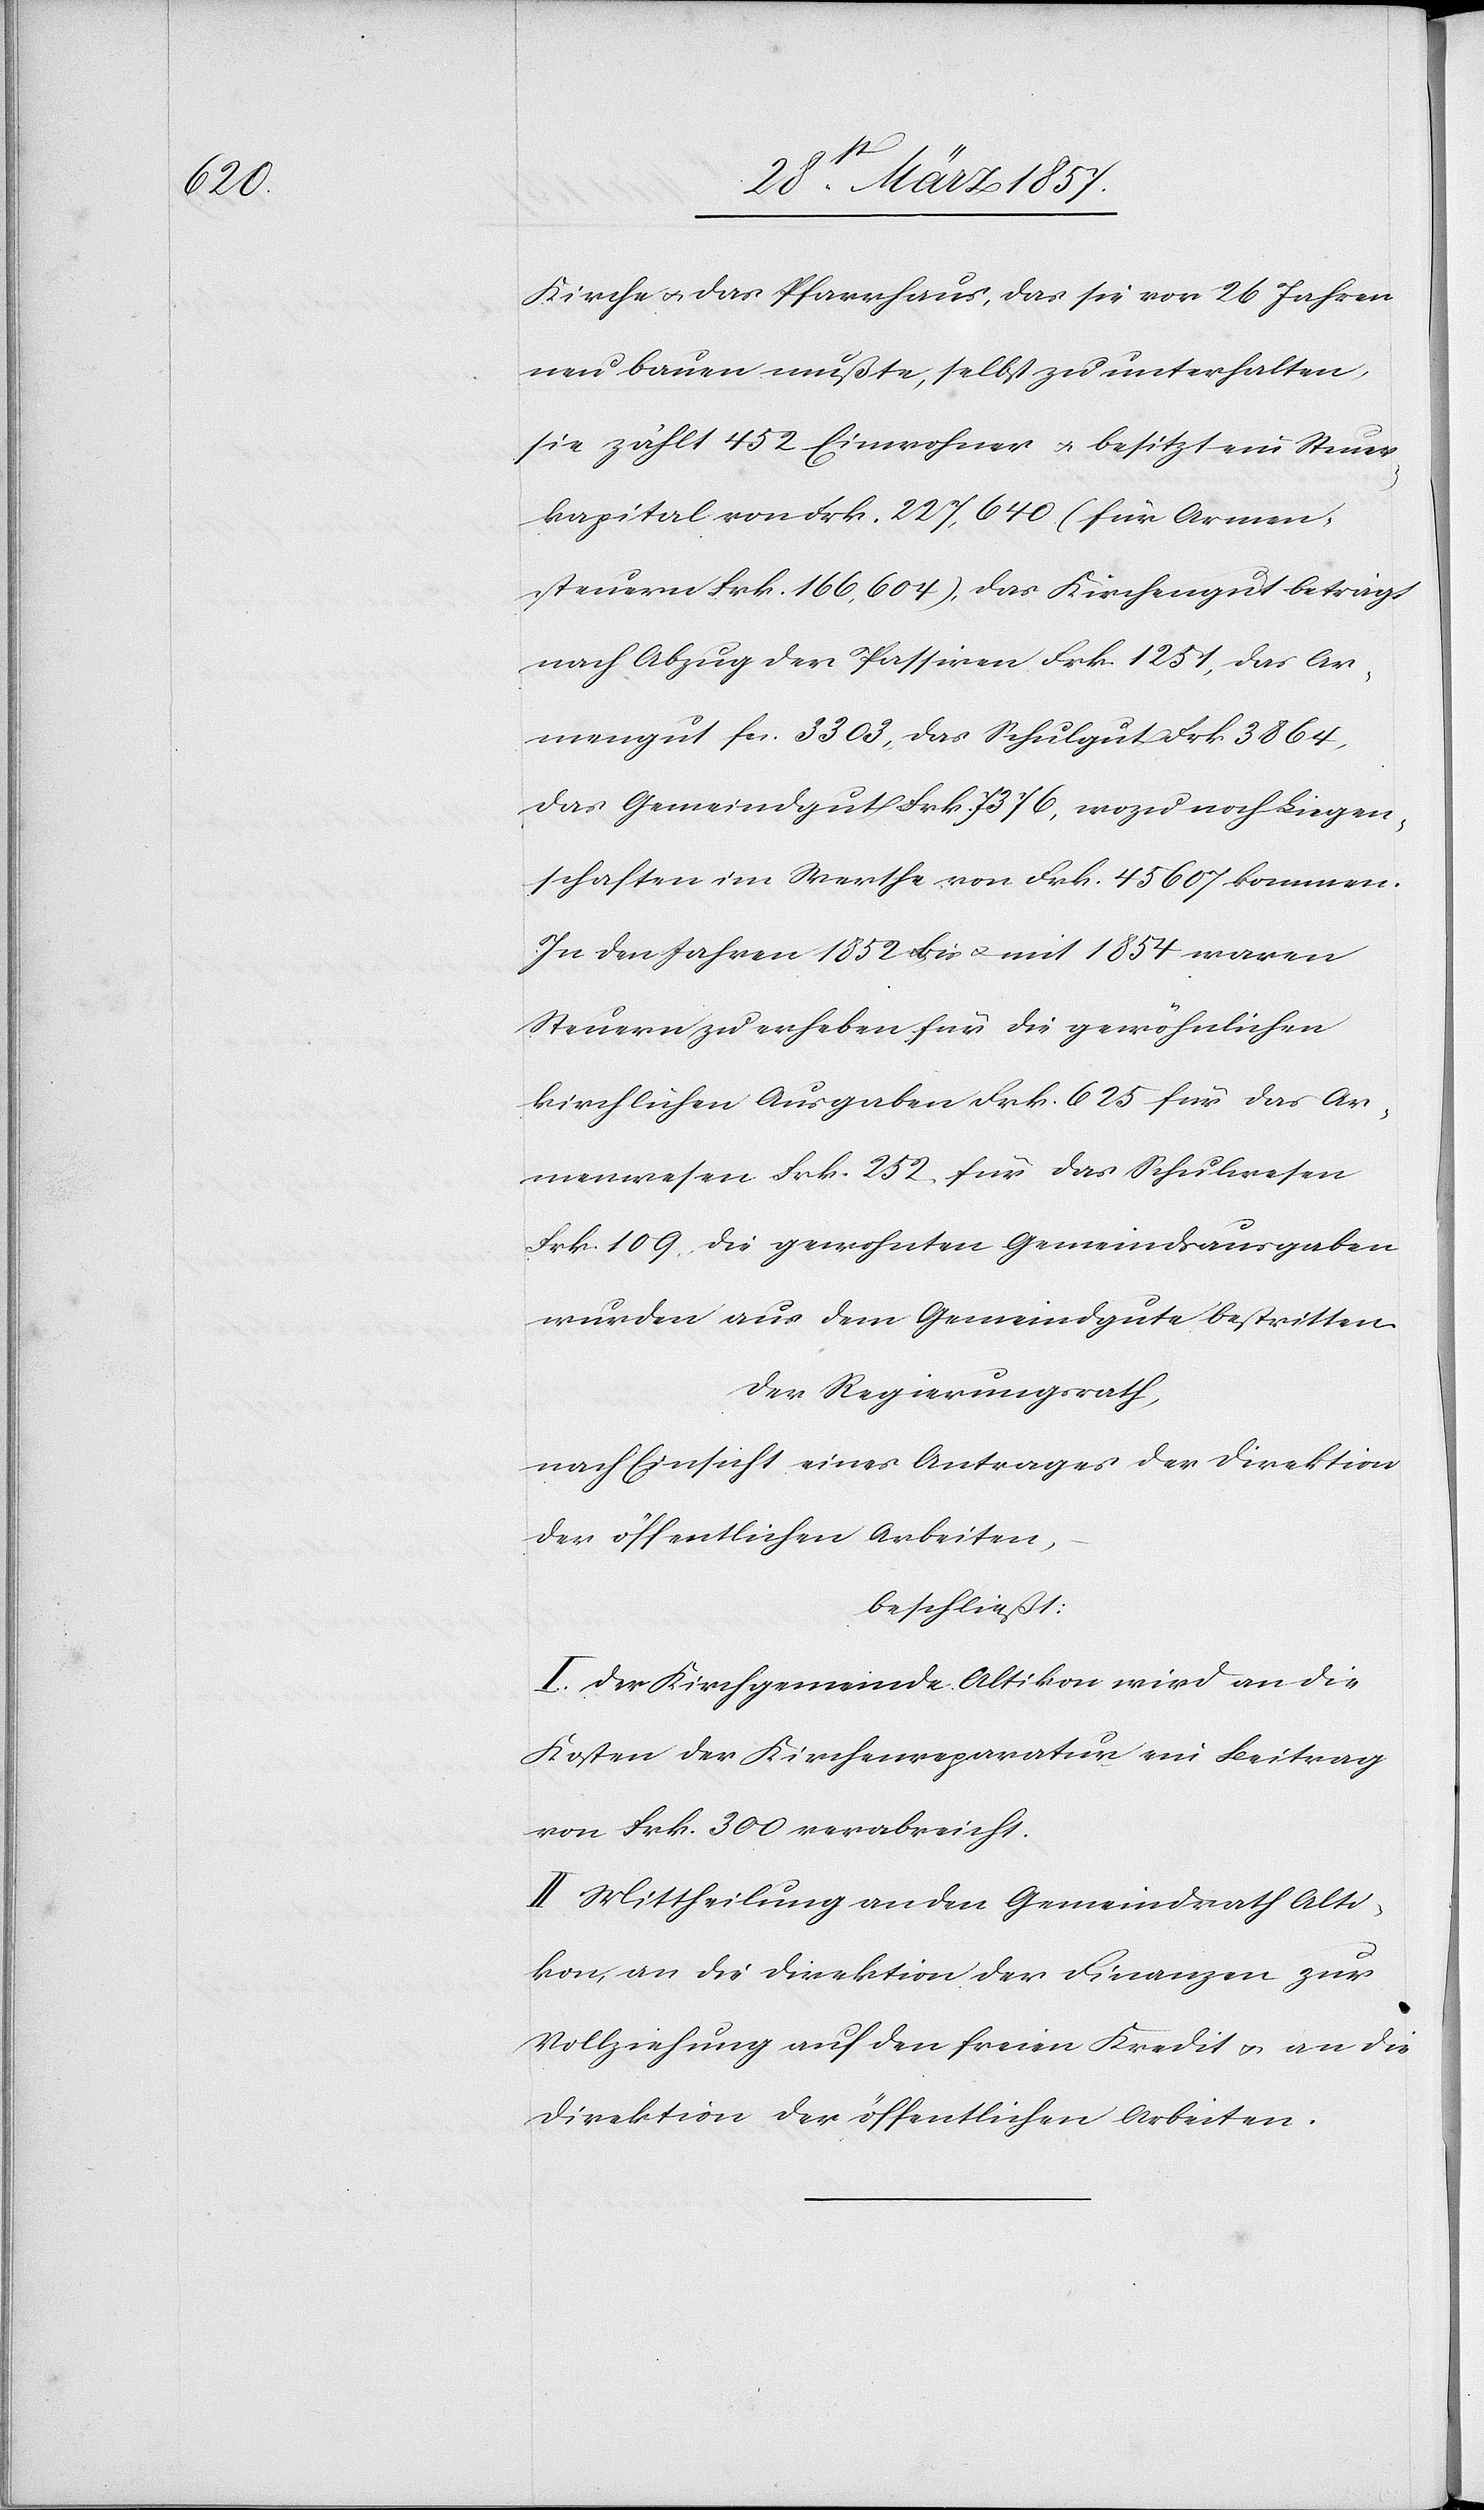
Kirche u. das Pfarrhaus, das sie vor 26 Jahren
neu bauen mußte, selbst zu unterhalten,
sie zählt 452 Einwohner u. besitzt ein Steuer¬
kapital von Frk. 227,640 (für Armen¬
steuern Frk. 166,604), das Kirchengut beträgt
nach Abzug der Passiven Frk. 1251, das Ar¬
mengut fr. 3303, das Schulgut Frk 3864,
das Gemeindgut Frk. 7376, wozu noch Liegen¬
schaften im Werthe von Frk. 45 607 kommen.
In den Jahren 1852 bis u. mit 1854 waren
Steuern zu erheben für die gewöhnlichen
kirchlichen Ausgaben Frk. 625[,] für das Ar¬
menwesen Frk. 252, für das Schulwesen
Frk. 109. Die gewohnten Gemeindsausgaben
wurden aus dem Gemeindgute bestritten.
Der Regierungsrath,
nach Einsicht eines Antrages der Direktion
der öffentlichen Arbeiten,
beschließt:
I. Der Kirchgemeinde Altikon wird an die
Kosten der Kirchenreparatur ein Beitrag
von Frk. 300 verabreicht.
II Mittheilung an den Gemeindrath Alti¬
kon, an die Direktion der Finanzen zur
Vollziehung auf den freien Kredit u. an die
Direktion der öffentlichen Arbeiten.